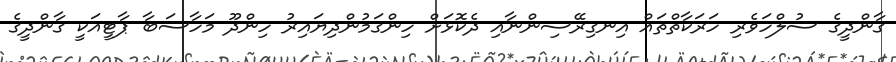
ގާންދީގެ ސުލްހަވެރި ހަރަކާތްތައް އިނގިރޭސިންނާއި ދެކޮޅަށް ހިންގަމުންދިޔައިރު ހިންދޫ މަހާސަބާ ޕާޓީއަކީ ގާންދީގެ